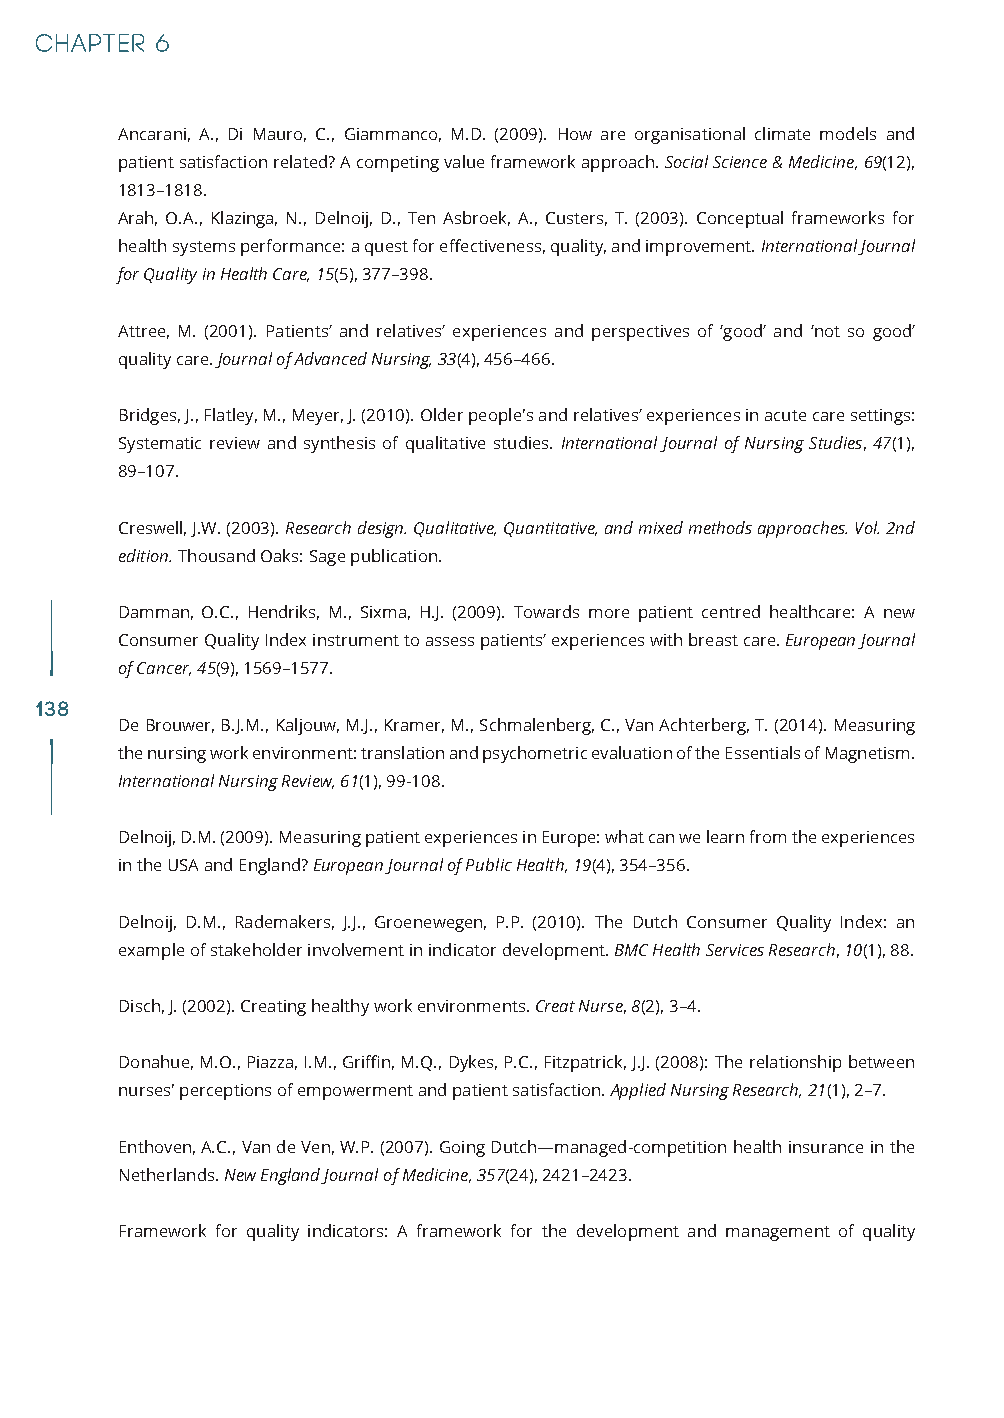
Ancarani, A., Di Mauro, C., Giammanco, M.D. (2009). How are organisational climate models and
 patient satisfaction related? A competing value framework approach. Social Science & Medicine, 69(12),
 1813–1818.
 Arah, O.A., Klazinga, N., Delnoij, D., Ten Asbroek, A., Custers, T. (2003). Conceptual frameworks for
 health systems performance: a quest for effectiveness, quality, and improvement. International Journal
 for Quality in Health Care, 15(5), 377–398.
 Attree, M. (2001). Patients’ and relatives’ experiences and perspectives of ‘good’ and ‘not so good’
 quality care. Journal of Advanced Nursing, 33(4), 456–466.
 Bridges, J., Flatley, M., Meyer, J. (2010). Older people's and relatives’ experiences in acute care settings:
 Systematic review and synthesis of qualitative studies. International Journal of Nursing Studies, 47(1),
 89–107.
 Creswell, J.W. (2003). Research design. Qualitative, Quantitative, and mixed methods approaches. Vol. 2nd
 edition. Thousand Oaks: Sage publication.
 Damman, O.C., Hendriks, M., Sixma, H.J. (2009). Towards more patient centred healthcare: A new
 Consumer Quality Index instrument to assess patients’ experiences with breast care. European Journal
 of Cancer, 45(9), 1569–1577.
 138
 De Brouwer, B.J.M., Kaljouw, M.J., Kramer, M., Schmalenberg, C., Van Achterberg, T. (2014). Measuring
 the nursing work environment: translation and psychometric evaluation of the Essentials of Magnetism.
 International Nursing Review, 61(1), 99-108.
 Delnoij, D.M. (2009). Measuring patient experiences in Europe: what can we learn from the experiences
 in the USA and England? European Journal of Public Health, 19(4), 354–356.
 Delnoij, D.M., Rademakers, J.J., Groenewegen, P.P. (2010). The Dutch Consumer Quality Index: an
 example of stakeholder involvement in indicator development. BMC Health Services Research, 10(1), 88.
 Disch, J. (2002). Creating healthy work environments. Creat Nurse, 8(2), 3–4.
 Donahue, M.O., Piazza, I.M., Griffin, M.Q., Dykes, P.C., Fitzpatrick, J.J. (2008): The relationship between
 nurses' perceptions of empowerment and patient satisfaction. Applied Nursing Research, 21(1), 2–7.
 Enthoven, A.C., Van de Ven, W.P. (2007). Going Dutch—managed-competition health insurance in the
 Netherlands. New England Journal of Medicine, 357(24), 2421–2423.
 Framework for quality indicators: A framework for the development and management of quality